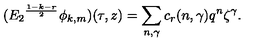
( { E _ { 2 } } ^ { \frac { 1 - k - r } { 2 } } \phi _ { k , m } ) ( \tau , z ) = \sum _ { n , \gamma } c _ { r } ( n , \gamma ) q ^ { n } \zeta ^ { \gamma } .